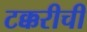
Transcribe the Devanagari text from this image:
टक्करीची